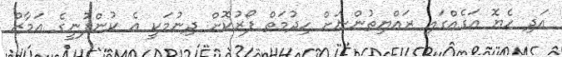
އަދި ހެޔޮ އަގެއްގައި ރައްޔިތުންނަށް ހިދުމަތް ފޯރުކޮށް ދިނުމަކީ އެ ކުންފުނީގެ އަމާޒު